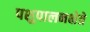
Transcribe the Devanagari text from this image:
पशुपालनक्षेत्रे